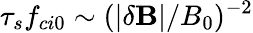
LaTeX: \tau_{s}f_{ci0}\sim(|\delta\mathbf{B}|/B_{0})^{-2}